Vaccination in Bombay 1902-1912 - 1902-1912
Year: 1902
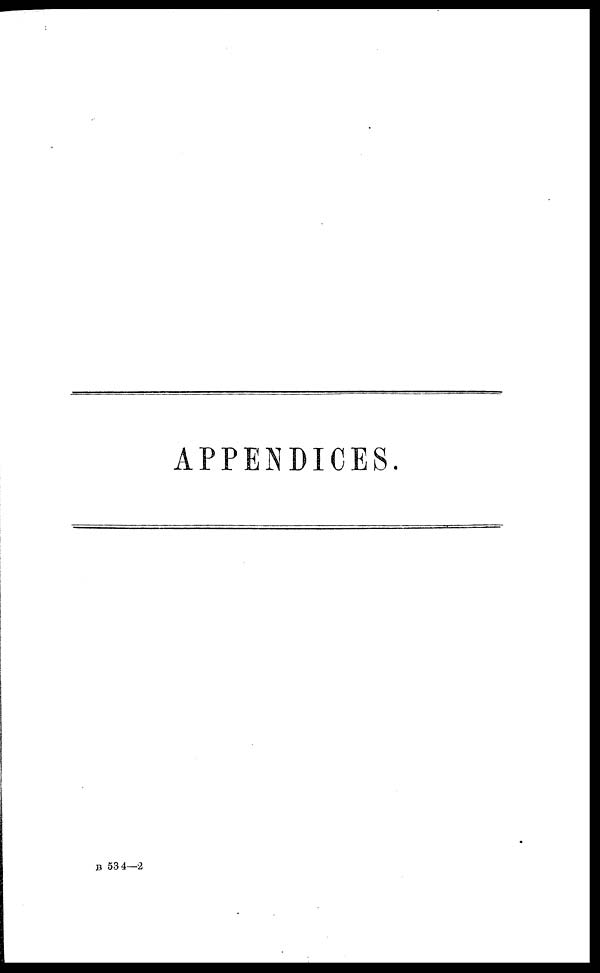
APPENDICES.
B 534—2